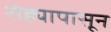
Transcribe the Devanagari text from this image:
रोह्यापासून